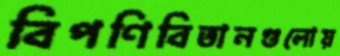
বিপণিবিতানগুলোয়